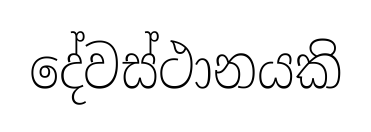
දේවස්ථානයකි